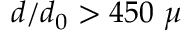
d / d _ { 0 } > 4 5 0 ~ \mu